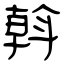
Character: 斡